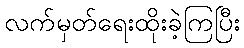
လက်မှတ်ရေးထိုးခဲ့ကြပြီး